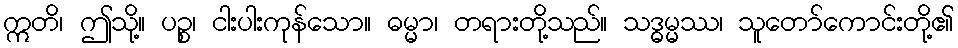
ဣတိ၊ ဤသို့။ ပဉ္စ၊ ငါးပါးကုန်သော။ ဓမ္မာ၊ တရားတို့သည်။ သဒ္ဓမ္မဿ၊ သူတော်ကောင်းတို့၏